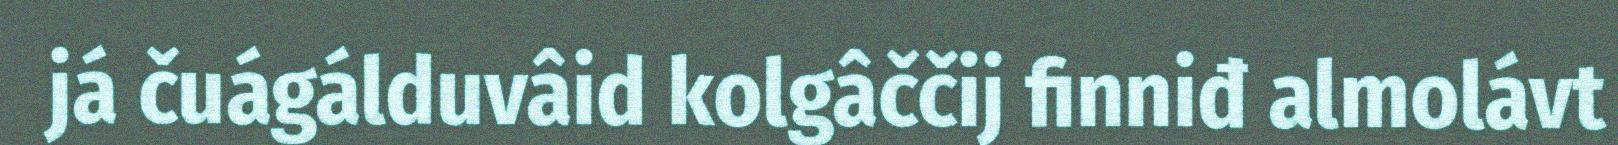
já čuágálduvâid kolgâččij finniđ almolávt